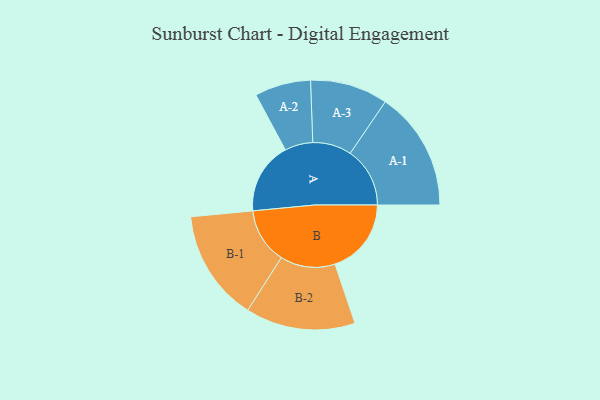
{"axis": {"x": "Segment", "y": "Value"}, "legend": ["", "A", "B"], "data": [{"x": "A", "y": 359, "type": ""}, {"x": "B", "y": 381, "type": ""}, {"x": "A-1", "y": 298, "type": "A"}, {"x": "A-2", "y": 140, "type": "A"}, {"x": "A-3", "y": 194, "type": "A"}, {"x": "B-1", "y": 278, "type": "B"}, {"x": "B-2", "y": 274, "type": "B"}]}